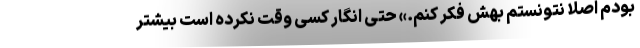
بودم اصلا نتونستم بهش فکر کنم.» حتی انگار کسی وقت نکرده است بیشتر